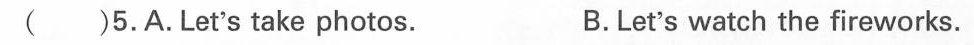
（ ）5.A.Let's take photos. B.Let's watch the fireworks.